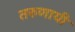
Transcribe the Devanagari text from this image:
तरुणायी